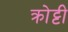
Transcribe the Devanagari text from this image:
क्रोट्टी